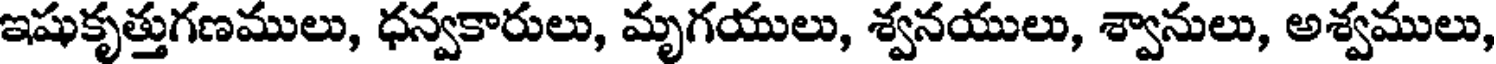
ఇషుకృత్తుగణములు, ధన్వకారులు, మృగయులు, శ్వనయులు, శ్వానులు, అశ్వములు,